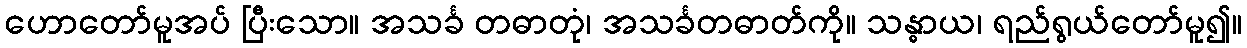
ဟောတော်မူအပ် ပြီးသော။ အသင်္ခ တဓာတုံ၊ အသင်္ခတဓာတ်ကို။ သန္ဓာယ၊ ရည်ရွယ်တော်မူ၍။